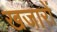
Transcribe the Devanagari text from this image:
खजारों